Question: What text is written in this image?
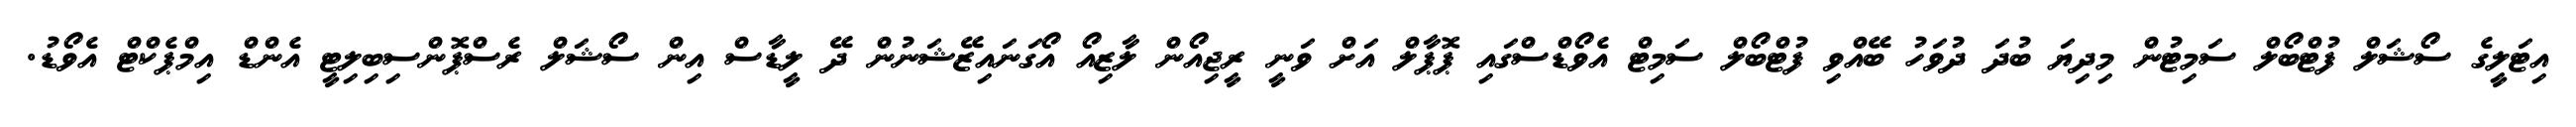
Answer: އިޓަލީގެ ސޯޝަލް ފުޓްބޯލް ސަމިޓުން މިދިޔަ ބުދަ ދުވަހު ބޭއްވި ފުޓްބޯލް ސަމިޓް އެވޯޑްސްގައި ޕޮޕާލް އަށް ވަނީ ރީޖިއޯން ލާޒިއޯ އޯގަނައިޒޭޝަނުން ދޭ ލީޑާސް އިން ސޯޝަލް ރެސްޕޮންސިބިލިޓީ އެންޑް އިމްޕެކްޓް އެވޯޑު.